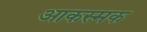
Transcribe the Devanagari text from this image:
आकस्मक